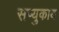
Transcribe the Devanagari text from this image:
सप्युकाय